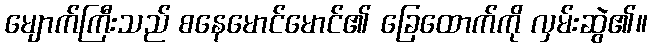
မျောက်ကြီးသည် စနေမောင်မောင်၏ ခြေထောက်ကို လှမ်းဆွဲ၏။